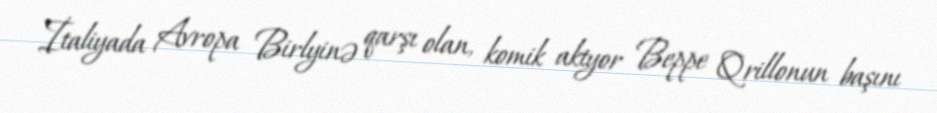
İtaliyada Avropa Birlyinə qarşı olan, komik aktyor Beppe Qrillonun başını